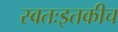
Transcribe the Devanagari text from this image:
स्वतःइतकीच